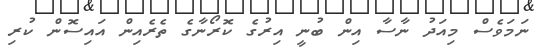
ނަމަވެސް މިއަދު ނާސާ އިން ބުނީ އިރުގެ ކޮރޯނާގެ ތެރެއިން އައިސޮން ކުރި